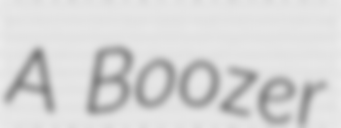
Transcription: A Boozer